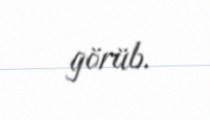
görüb.